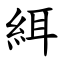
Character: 䋙